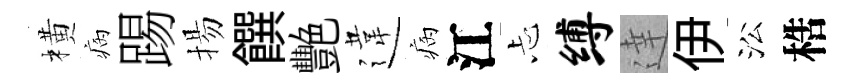
橫病踢揚饌艷違病江忐缚達伊㳂梏